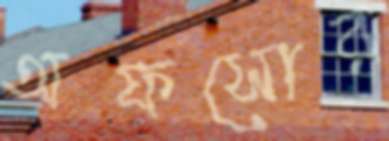
অফসোর